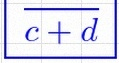
\frac{a+b}{c+d}